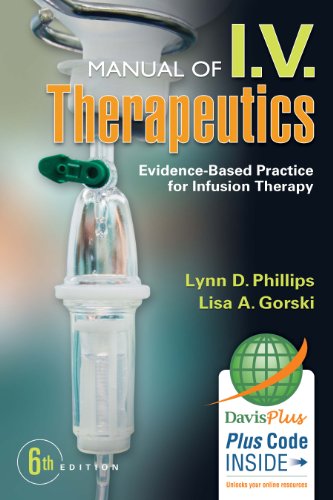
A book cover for Manual of I.V. Therapeutics: Evidence-Based Practice for Infusion Therapy; Lynn D. Phillips MSN  RN  CRNI; Medical Books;